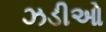
ઝડીઓ